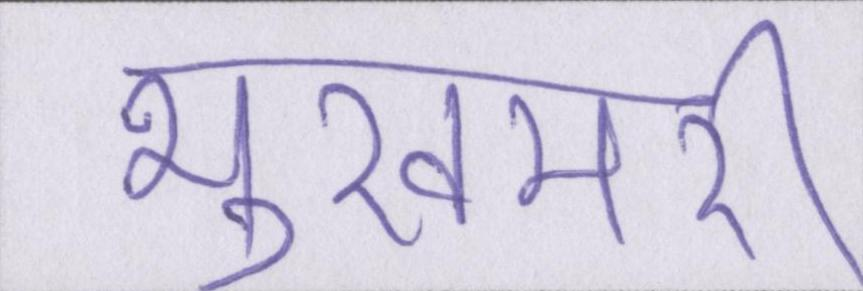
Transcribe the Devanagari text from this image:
भुखमरी